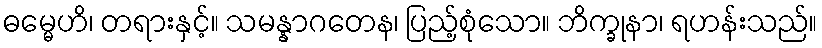
ဓမ္မေဟိ၊ တရားနှင့်။ သမန္နာဂတေန၊ ပြည့်စုံသော။ ဘိက္ခုနာ၊ ရဟန်းသည်။